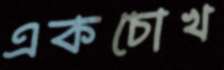
একচোখ